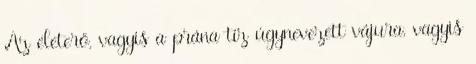
Az életerő, vagyis a prána tíz úgynevezett vájura, vagyis